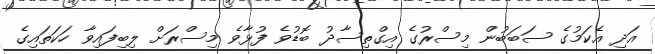
އަދި އެކަމުގެ ސަބަބުން މިސްރުގެ އިގްތިސާދު ބޮޑުވެ ފުޅާވެ މިސްރަށް ލިބިފައިވާ ހަކަތައިގެ